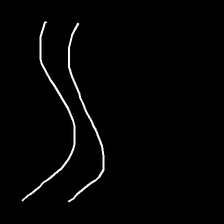
Glyph: float